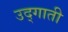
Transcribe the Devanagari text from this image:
उद्गाती